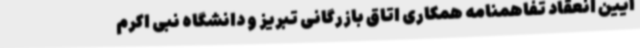
آیین انعقاد تفاهمنامه همکاری اتاق بازرگانی تبریز و دانشگاه نبی اکرم